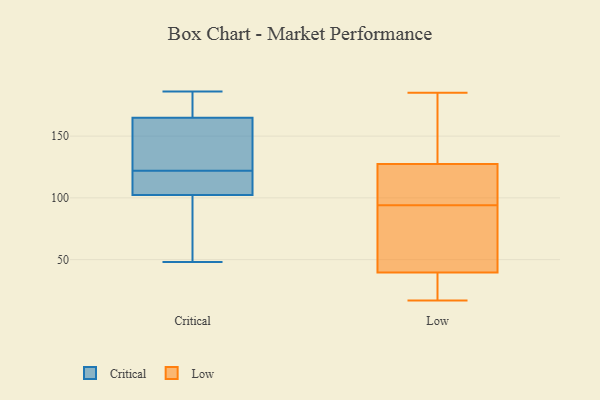
{"axis": {"x": "Production Output", "y": "Value"}, "legend": ["Critical", "Low"], "data": [{"x": "", "y": 67, "type": "Critical"}, {"x": "", "y": 95, "type": "Critical"}, {"x": "", "y": 102, "type": "Critical"}, {"x": "", "y": 106, "type": "Critical"}, {"x": "", "y": 186, "type": "Critical"}, {"x": "", "y": 141, "type": "Critical"}, {"x": "", "y": 157, "type": "Critical"}, {"x": "", "y": 103, "type": "Critical"}, {"x": "", "y": 122, "type": "Critical"}, {"x": "", "y": 103, "type": "Critical"}, {"x": "", "y": 165, "type": "Critical"}, {"x": "", "y": 186, "type": "Critical"}, {"x": "", "y": 48, "type": "Critical"}, {"x": "", "y": 164, "type": "Critical"}, {"x": "", "y": 185, "type": "Critical"}, {"x": "", "y": 17, "type": "Low"}, {"x": "", "y": 130, "type": "Low"}, {"x": "", "y": 27, "type": "Low"}, {"x": "", "y": 120, "type": "Low"}, {"x": "", "y": 99, "type": "Low"}, {"x": "", "y": 65, "type": "Low"}, {"x": "", "y": 67, "type": "Low"}, {"x": "", "y": 94, "type": "Low"}, {"x": "", "y": 31, "type": "Low"}, {"x": "", "y": 184, "type": "Low"}, {"x": "", "y": 185, "type": "Low"}]}